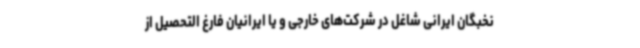
نخبگان ایرانی شاغل در شرکت‌های خارجی و یا ایرانیان فارغ التحصیل از